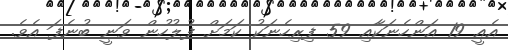
އެއީ 19 އަންހެނަކާއި 59 ފިރިހެނަކު ކަމަށް ފުލުހުން ވަނީ ބުނެފަ އެވެ.